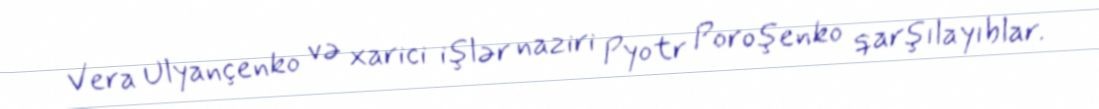
Vera Ulyançenko və xarici işlər naziri Pyotr Poroşenko qarşılayıblar.